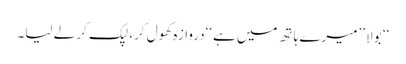
‘‘ بولا ’’میرے ہاتھ میں ہے‘‘دروازہ کھول کر، لپک کر لے لیا۔